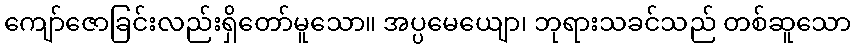
ကျော်ဇောခြင်းလည်းရှိတော်မူသော။ အပ္ပမေယျော၊ ဘုရားသခင်သည် တစ်ဆူသော